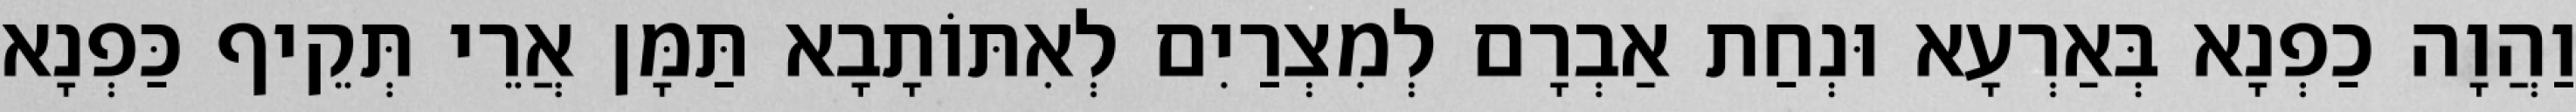
וַהֲוָה כַפְנָא בְּאַרְעָא וּנְחַת אַבְרָם לְמִצְרַיִם לְאִתּוֹתָבָא תַּמָּן אֲרֵי תְּקֵיף כַּפְנָא